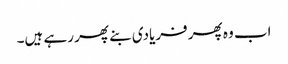
اب وہ پھر فریادی بنے پھر رہے ہیں۔